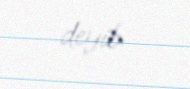
deyib.